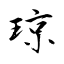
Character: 琼